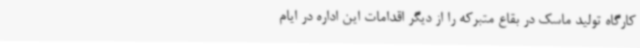
کارگاه تولید ماسک در بقاع متبرکه را از دیگر اقدامات این اداره در ایام